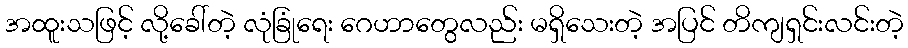
အထူးသဖြင့် လို့ခေါ်တဲ့ လုံခြုံရေး ဂေဟာတွေလည်း မရှိသေးတဲ့ အပြင် တိကျရှင်းလင်းတဲ့